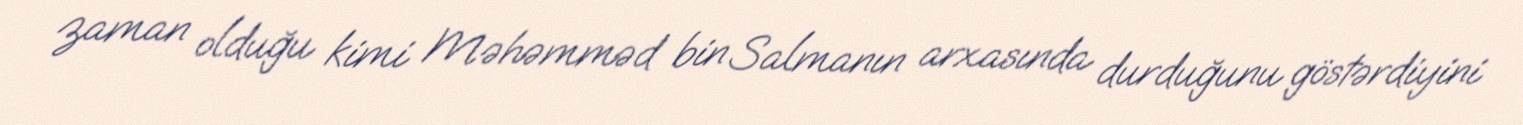
zaman olduğu kimi Məhəmməd bin Salmanın arxasında durduğunu göstərdiyini